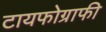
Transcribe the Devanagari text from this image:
टायफोग्राफी